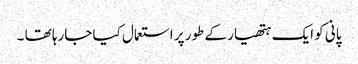
پانی کو ایک ہتھیار کے طور پر استعمال کیا جارہا تھا ۔